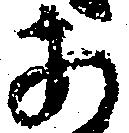
あ